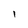
Character: 1